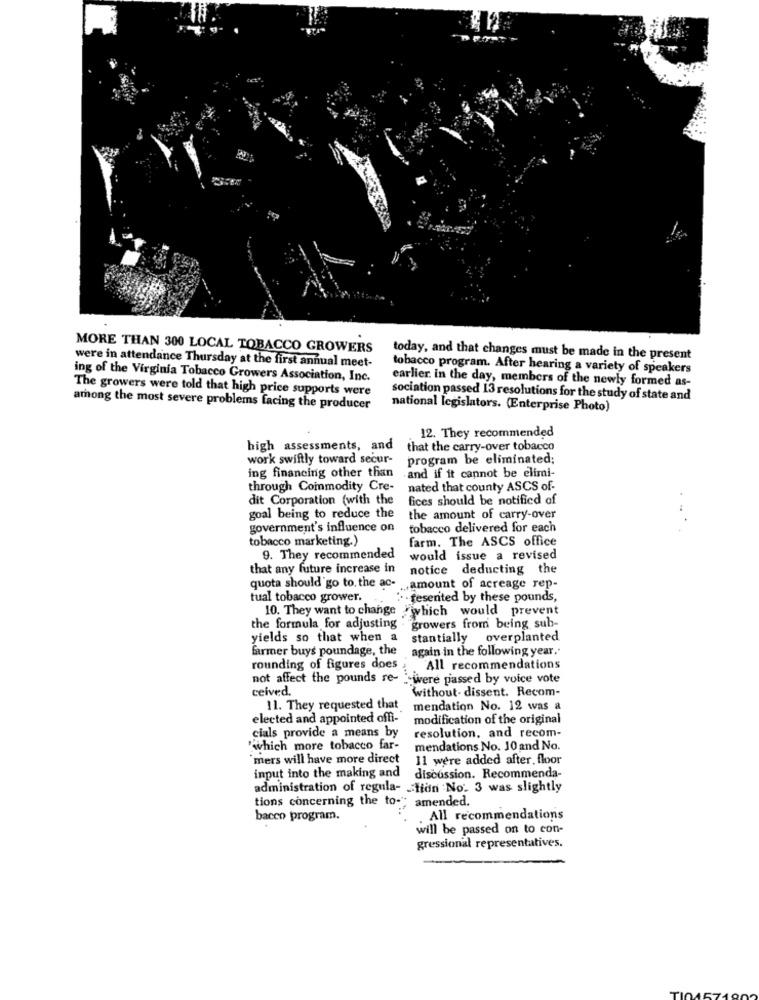
MORE THAN 300 LOCAL TOBACCO GROWERS
were in attendance Thursday at the first annual meet-
today, and that changes must be made in the present
tobacco program. After hearing a variety of speakers
ing of the Virginia Tobacco Growers Association, Inc.
earlier. in the day, members of the newly formed as-
The growers were told that high price supports were
sociation passed 13 resolutions for the study of state and
among the most severe problems facing the producer
national legislators. (Enterprise Photo)
12. They recommended
high assessments, and
that the carry-over tobacco
work swiftly toward secur-
program be eliminated;
ing financing other than and if it cannot be elimi-
through Commodity Cre-
nated that county ASCS of-
dit Corporation (with the
fices should be notified of
goal being to reduce the
the amount of carry-over
government's influence on
tobacco delivered for each
tobacco marketing.)
farm. The ASCS office
9. They recommended
would issue a revised
that any future increase in
notice deducting the
quota should go to, the ac-
... amount of acreage rep-
tual tobacco grower.
. - resented by these pounds,
10. They want to change
"which would prevent
growers from being sub-
the formula for adjusting
yields so that when a
stantially overplanted
farmer buys poundage, the
again in the following year.
rounding of figures does
All recommendations
not affect the pounds re-
-were passed by voice vote
ceived.
without. dissent. Recom-
11. They requested that
mendation No. 12 was a
elected and appointed offi-"
modification of the original
cials provide a means by
resolution, and recom-
"which more tobacco far-
mendations No. 10 and No.
"mers will have more direct
11 were added after, floor
input into the making and
discussion. Recommenda-
administration of regula- - tion No. 3 was slightly
tions concerning the to-"; amended.
bacco program.
All recommendations
will be passed on to con-
gressional representatives.